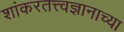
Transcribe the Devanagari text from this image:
शांकरतत्त्वज्ञानाच्या